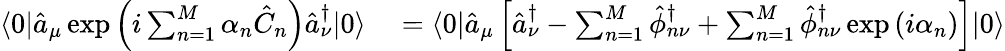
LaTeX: \begin{array}{rl}{\langle 0|\hat{a}_{\mu}\exp\left(i\sum_{n=1}^{M}\alpha_{n}\hat{C}_{n}\right)\hat{a}_{\nu}^{\dagger}|0\rangle}&{{}=\langle 0|\hat{a}_{\mu}\left[\hat{a}_{\nu}^{\dagger}-\sum_{n=1}^{M}\hat{\phi}_{n\nu}^{\dagger}+\sum_{n=1}^{M}\hat{\phi}_{n\nu}^{\dagger}\exp\left(i\alpha_{n}\right)\right]|0\rangle}\end{array}